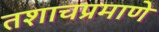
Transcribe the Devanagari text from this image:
तशाचप्रमाणे